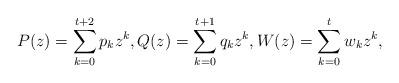
LaTeX: \begin{align*} P(z) = \sum_{k=0}^{t+2} p_kz^k, Q(z) = \sum_{k=0}^{t+1} q_kz^k, W(z) = \sum_{k=0}^t w_kz^k,\end{align*}